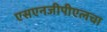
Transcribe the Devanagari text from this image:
एसएनजीपीएलचा